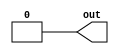
module generate_pulse #(parameter from = 1, to = 2) (output reg out);
  initial begin
            out <= 0;
    #(from) out <= 1;
    #(to  ) out <= 0;
  end
endmodule

module generate_pulses #(parameter period = 2) (output reg out);
  initial begin
    out <= 1'b0;
  end
  always #(period/2) out <= ~out;
endmodule

//`define rise (2'b01)
//`define fall (2'b10)
//module find_edge #(type = `rise) (input in, output out, `sync);
//  reg [1:0] seq;
//  always @(clk)
//    if(reset)
//      seq <= 2'b00;
//    else
//      seq <= {seq[0], in};
//  assign out = seq == tpe;
//endmodule